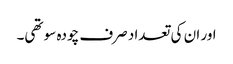
اور ان کی تعداد صرف چودہ سو تھی۔